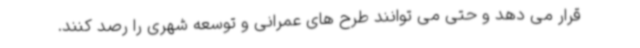
قرار می دهد و حتی می توانند طرح های عمرانی و توسعه شهری را رصد کنند.